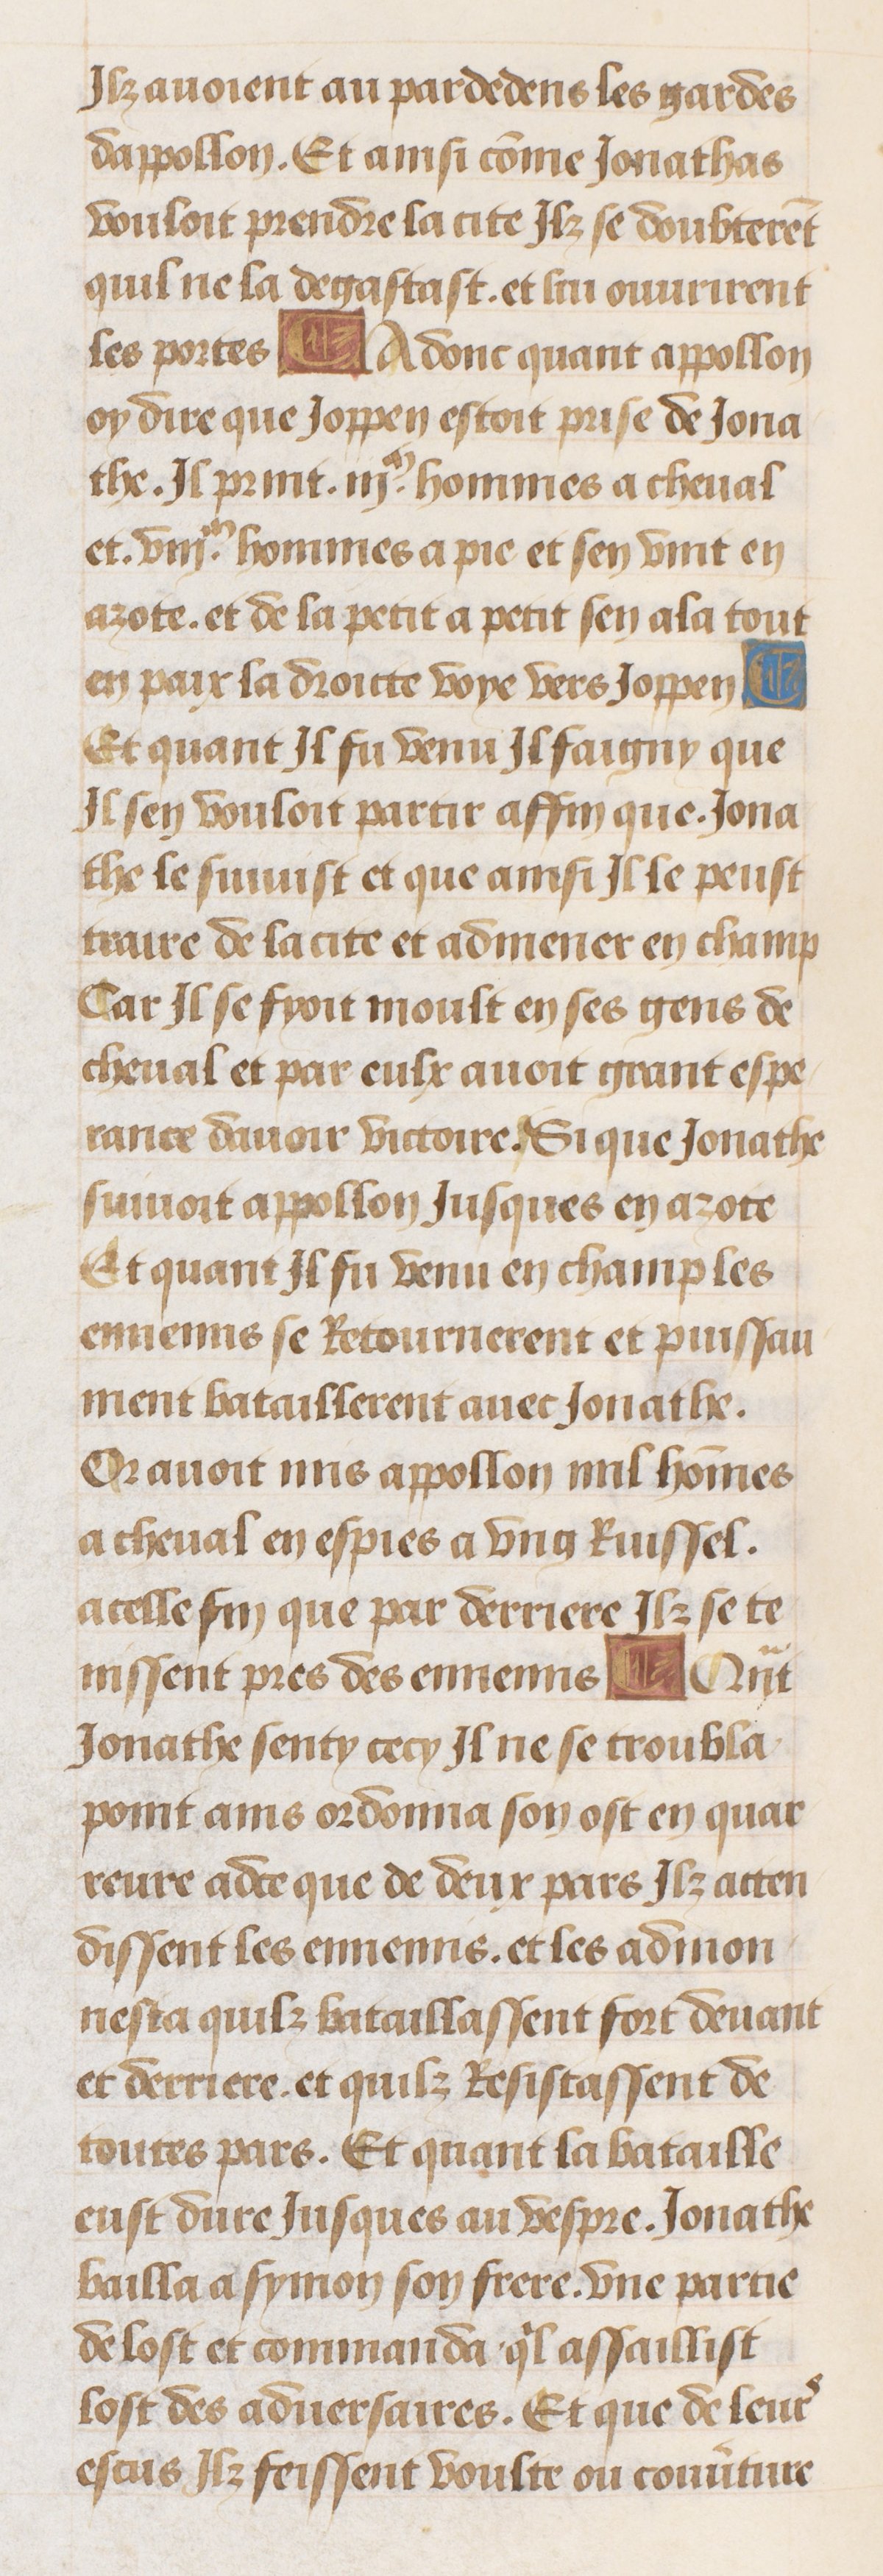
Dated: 1470–1499